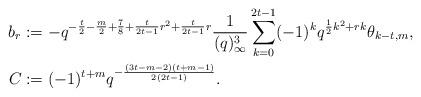
LaTeX: \begin{align*}b_r&:=- q^{-\frac t2 -\frac m2+\frac78 +\frac t{2t-1}r^2 +\frac t{2t-1}r}\frac1{(q)_\infty^3} \sum_{k=0}^{2t-1} (-1)^k q^{\frac12k^2+rk} \theta_{k-t,m},\\C&:= (-1)^{t+m} q^{-\frac{(3t-m-2)(t+m-1)}{2(2t-1)}}.\end{align*}